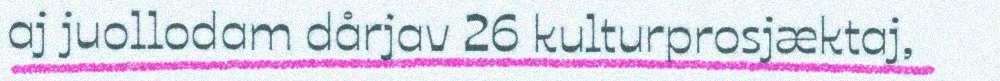
aj juollodam dårjav 26 kulturprosjæktaj,